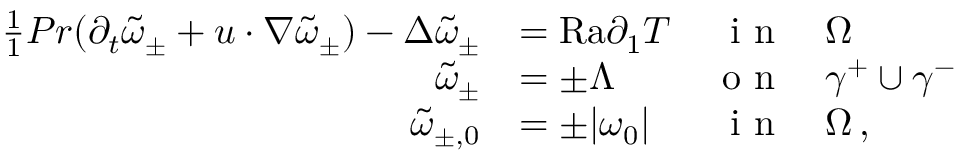
\begin{array} { r l r l } { \frac { 1 } { 1 } { { P r } } ( \partial _ { t } \tilde { \omega } _ { \pm } + u \cdot \nabla \tilde { \omega } _ { \pm } ) - \Delta \tilde { \omega } _ { \pm } } & { = { \mathrm { R a } } \partial _ { 1 } T } & { \textnormal { i n } } & { \Omega } \\ { \tilde { \omega } _ { \pm } } & { = \pm \Lambda } & { \textnormal { o n } } & { \gamma ^ { + } \cup \gamma ^ { - } } \\ { \tilde { \omega } _ { \pm , 0 } } & { = \pm | \omega _ { 0 } | } & { \textnormal { i n } } & { \Omega \, , } \end{array}